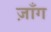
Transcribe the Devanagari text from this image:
ज़ाँग